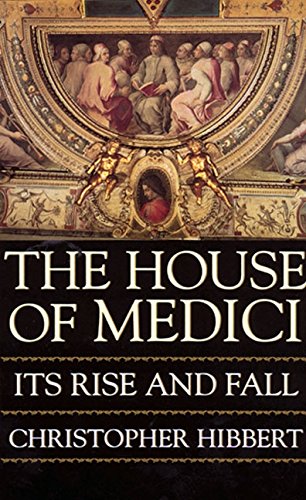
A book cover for The House of Medici: Its Rise and Fall; Christopher Hibbert; History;